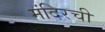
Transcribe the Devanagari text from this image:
मंदिरची